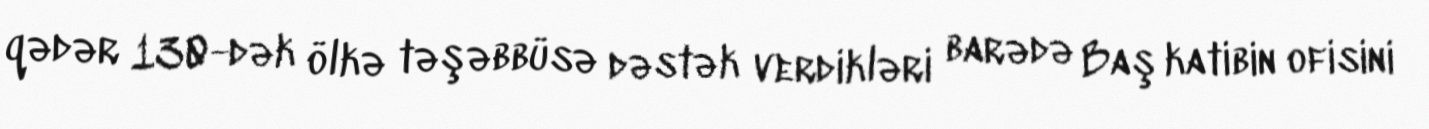
qədər 130-dək ölkə təşəbbüsə dəstək verdikləri barədə Baş katibin ofisini